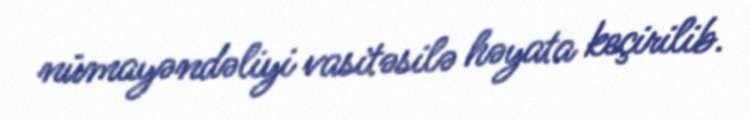
nümayəndəliyi vasitəsilə həyata keçirilib.